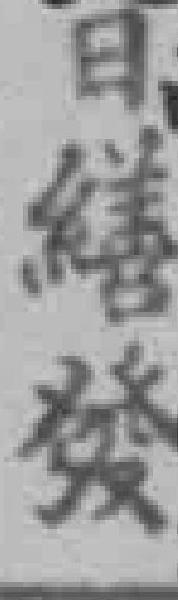
日繕發